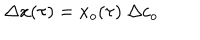
\Delta x ( \tau ) = x _ { o } ( \tau ) \ \Delta c _ { o }